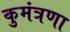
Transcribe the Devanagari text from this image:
कुमंत्रणा